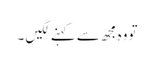
تو وہ مجھ سے کہنے لگیں ۔